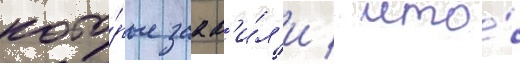
кото́рые заав'и́л'и / что́